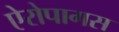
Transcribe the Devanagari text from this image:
ऐरोपागस